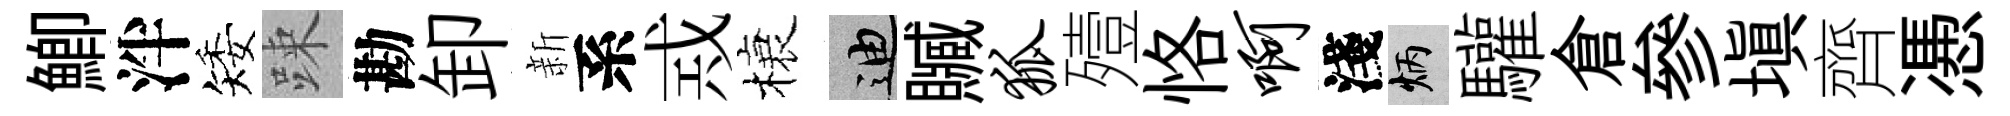
鯽泮矮踈勘卸新系𢦶榱迪贓狐殪恪啊淺炳驩倉參塡齊慿